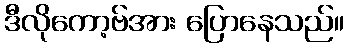
ဒီလိုကော့ဗ်အား ပြောနေသည်။